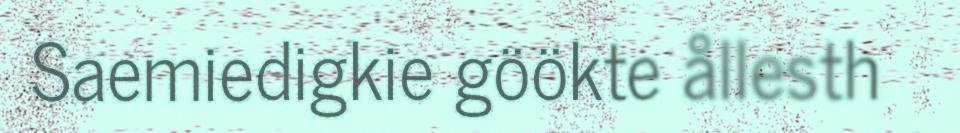
Saemiedigkie göökte ållesth